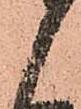
候